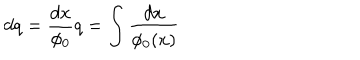
d q = { \frac { d x } { \phi _ { 0 } } } { \hspace { . 5 i n } } q = \int { \frac { d x } { \phi _ { 0 } ( x ) } }